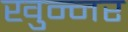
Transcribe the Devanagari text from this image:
खुन्नर